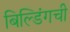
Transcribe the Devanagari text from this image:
बिल्डिंगची